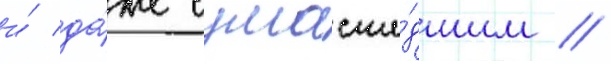
и́ да́же сумасше́дшим //